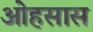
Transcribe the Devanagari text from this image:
ओहसास